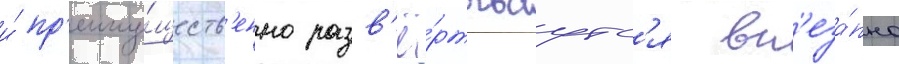
и́ пр'еиму́ществ'енно разв'ё́ртываутс'я вн'еза́пно